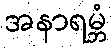
အနာရမ္ဘံ